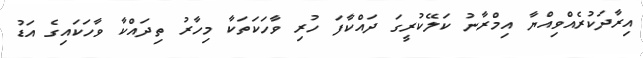
އިރާދަކުރެއްވިއްޔާ އިމްރާނު ކަލޭކުރީގަ ދައްކާފަ ހުރި ވާހަކަތަކާ މިހާރު ތިދައްކާ ވާހަކައިގެ އަޑު